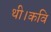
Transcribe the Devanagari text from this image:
थी।कवि